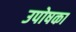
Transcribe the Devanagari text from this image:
उपोषका